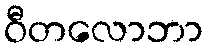
ဝီတလောဘာ